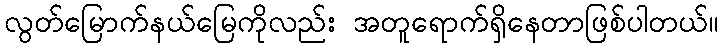
လွတ်မြောက်နယ်မြေကိုလည်း အတူရောက်ရှိနေတာဖြစ်ပါတယ်။